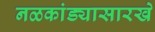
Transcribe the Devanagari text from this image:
नळकांड्यासारखे